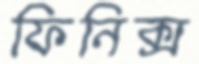
ফিনিক্স